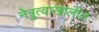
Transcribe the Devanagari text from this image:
नेत्रुत्वाखालील